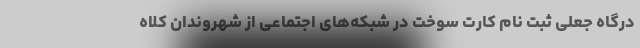
درگاه جعلی ثبت نام کارت سوخت در شبکه‌های اجتماعی از شهروندان کلاه